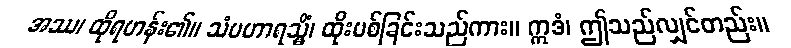
အဿ၊ ထိုရဟန်း၏။ သံပဟာရသ္မိံ၊ ထိုးပစ်ခြင်းသည်ကား။ ဣဒံ၊ ဤသည်လျှင်တည်း။